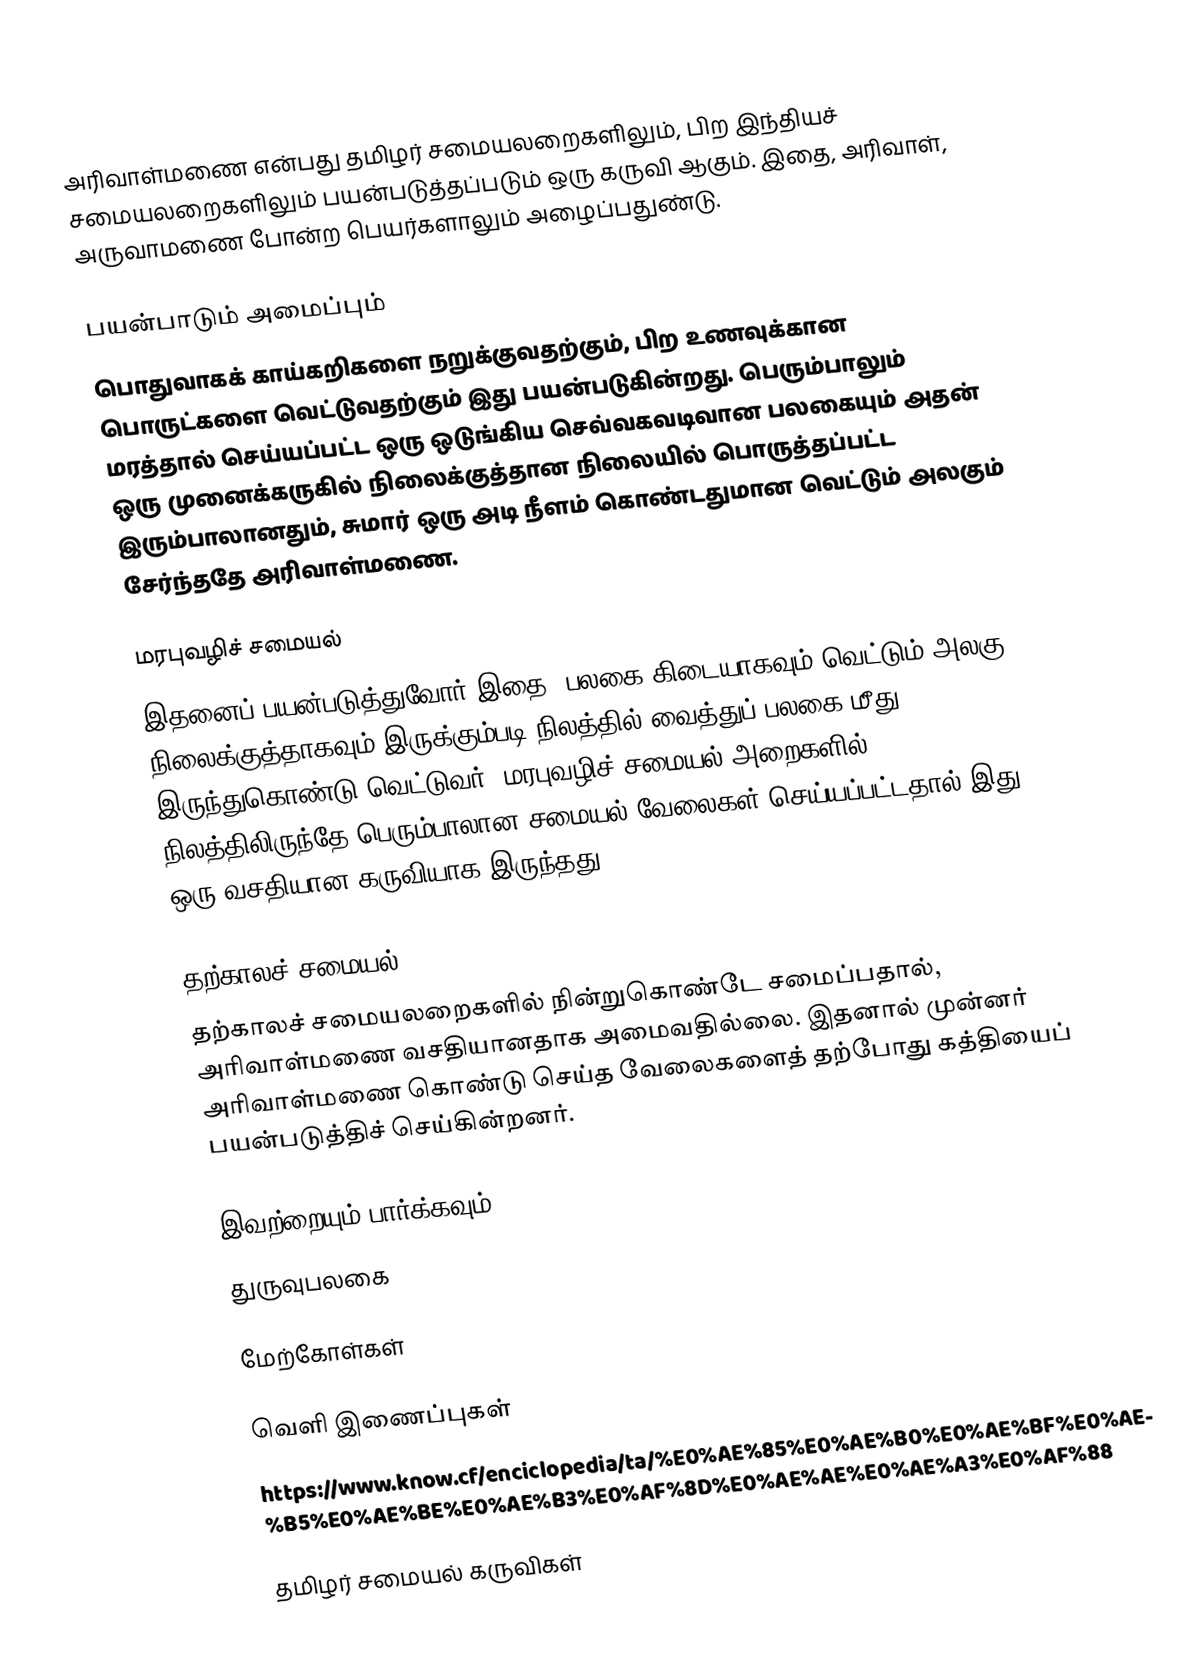
அரிவாள்மணை என்பது தமிழர் சமையலறைகளிலும், பிற இந்தியச் சமையலறைகளிலும் பயன்படுத்தப்படும் ஒரு கருவி ஆகும். இதை, அரிவாள், அருவாமணை போன்ற பெயர்களாலும் அழைப்பதுண்டு.

பயன்பாடும் அமைப்பும்
பொதுவாகக் காய்கறிகளை நறுக்குவதற்கும், பிற உணவுக்கான பொருட்களை வெட்டுவதற்கும் இது பயன்படுகின்றது. பெரும்பாலும் மரத்தால் செய்யப்பட்ட ஒரு ஒடுங்கிய செவ்வகவடிவான பலகையும் அதன் ஒரு முனைக்கருகில் நிலைக்குத்தான நிலையில் பொருத்தப்பட்ட இரும்பாலானதும், சுமார் ஒரு அடி நீளம் கொண்டதுமான வெட்டும் அலகும் சேர்ந்ததே அரிவாள்மணை.

மரபுவழிச் சமையல்
இதனைப் பயன்படுத்துவோர் இதை, பலகை கிடையாகவும் வெட்டும் அலகு நிலைக்குத்தாகவும் இருக்கும்படி நிலத்தில் வைத்துப் பலகை மீது இருந்துகொண்டு வெட்டுவர். மரபுவழிச் சமையல் அறைகளில் நிலத்திலிருந்தே பெரும்பாலான சமையல் வேலைகள் செய்யப்பட்டதால் இது ஒரு வசதியான கருவியாக இருந்தது.

தற்காலச் சமையல்
தற்காலச் சமையலறைகளில் நின்றுகொண்டே சமைப்பதால், அரிவாள்மணை வசதியானதாக அமைவதில்லை. இதனால் முன்னர் அரிவாள்மணை கொண்டு செய்த வேலைகளைத் தற்போது கத்தியைப் பயன்படுத்திச் செய்கின்றனர்.

இவற்றையும் பார்க்கவும்
 துருவுபலகை

மேற்கோள்கள்

வெளி இணைப்புகள்
 https://www.know.cf/enciclopedia/ta/%E0%AE%85%E0%AE%B0%E0%AE%BF%E0%AE%B5%E0%AE%BE%E0%AE%B3%E0%AF%8D%E0%AE%AE%E0%AE%A3%E0%AF%88

தமிழர் சமையல் கருவிகள்